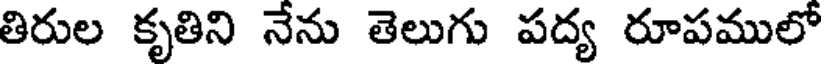
తిరుల కృతిని నేను తెలుగు పద్య రూపములో